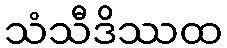
သံသီဒိဿထ